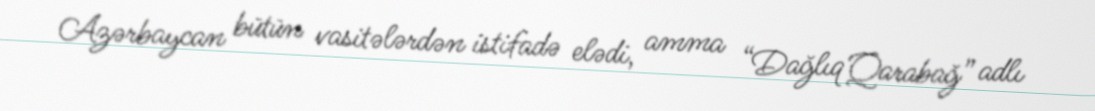
Azərbaycan bütün vasitələrdən istifadə elədi, amma “Dağlıq Qarabağ” adlı